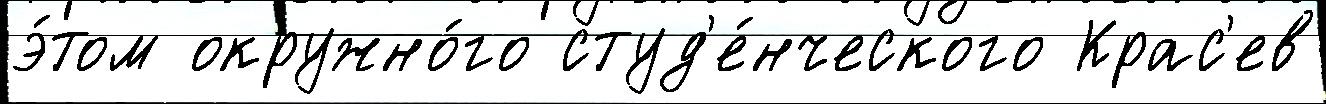
э́том окружно́го студ'е́нческого Крас'ев